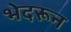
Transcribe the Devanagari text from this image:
भेदरून